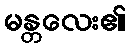
မန္တလေး၏